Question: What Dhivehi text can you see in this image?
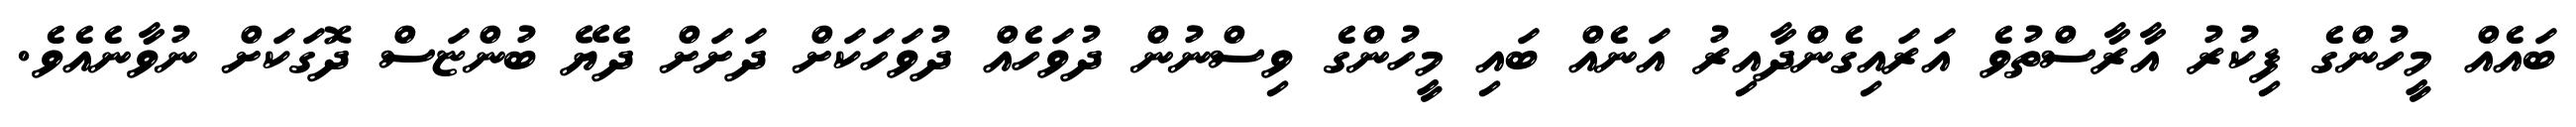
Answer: ބައެއް މީހުންގެ ފިކުރު އާރާސްތުވެ އަރައިގެންދާއިރު އަނެއް ބައި މީހުންގެ ވިސްނުން ދުވަހެއް ދުވަހަކަށް ދަށަށް ދެޔޭ ބުންޏަސް ދޮގަކަށް ނުވާނެއެވެ.